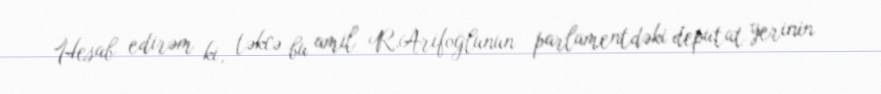
Hesab edirəm ki, təkcə bu amil R.Arifoğlunun parlamentdəki deputat yerinin